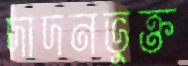
দাদনভুক্ত